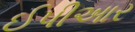
ઈપીઆર